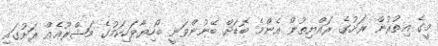
މީގެ އިތުރުން ރަށުގެ ރައްޔިތުން އެންމެ ބޮޑަށް ބޭނުންވަނީ ބޯހިޔާވަހިކަމުގެ މަޝްރޫޢެއް ރަށުގައި